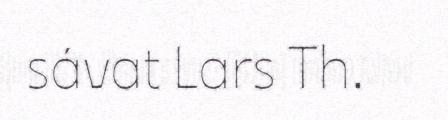
sávat Lars Th.